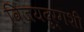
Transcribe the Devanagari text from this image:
विजयदुर्गशी